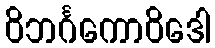
ဝိဘင်္ဂကောဝိဒေါ